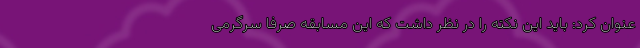
عنوان کرد: باید این نکته را در نظر داشت که این مسابقه صرفا سرگرمی